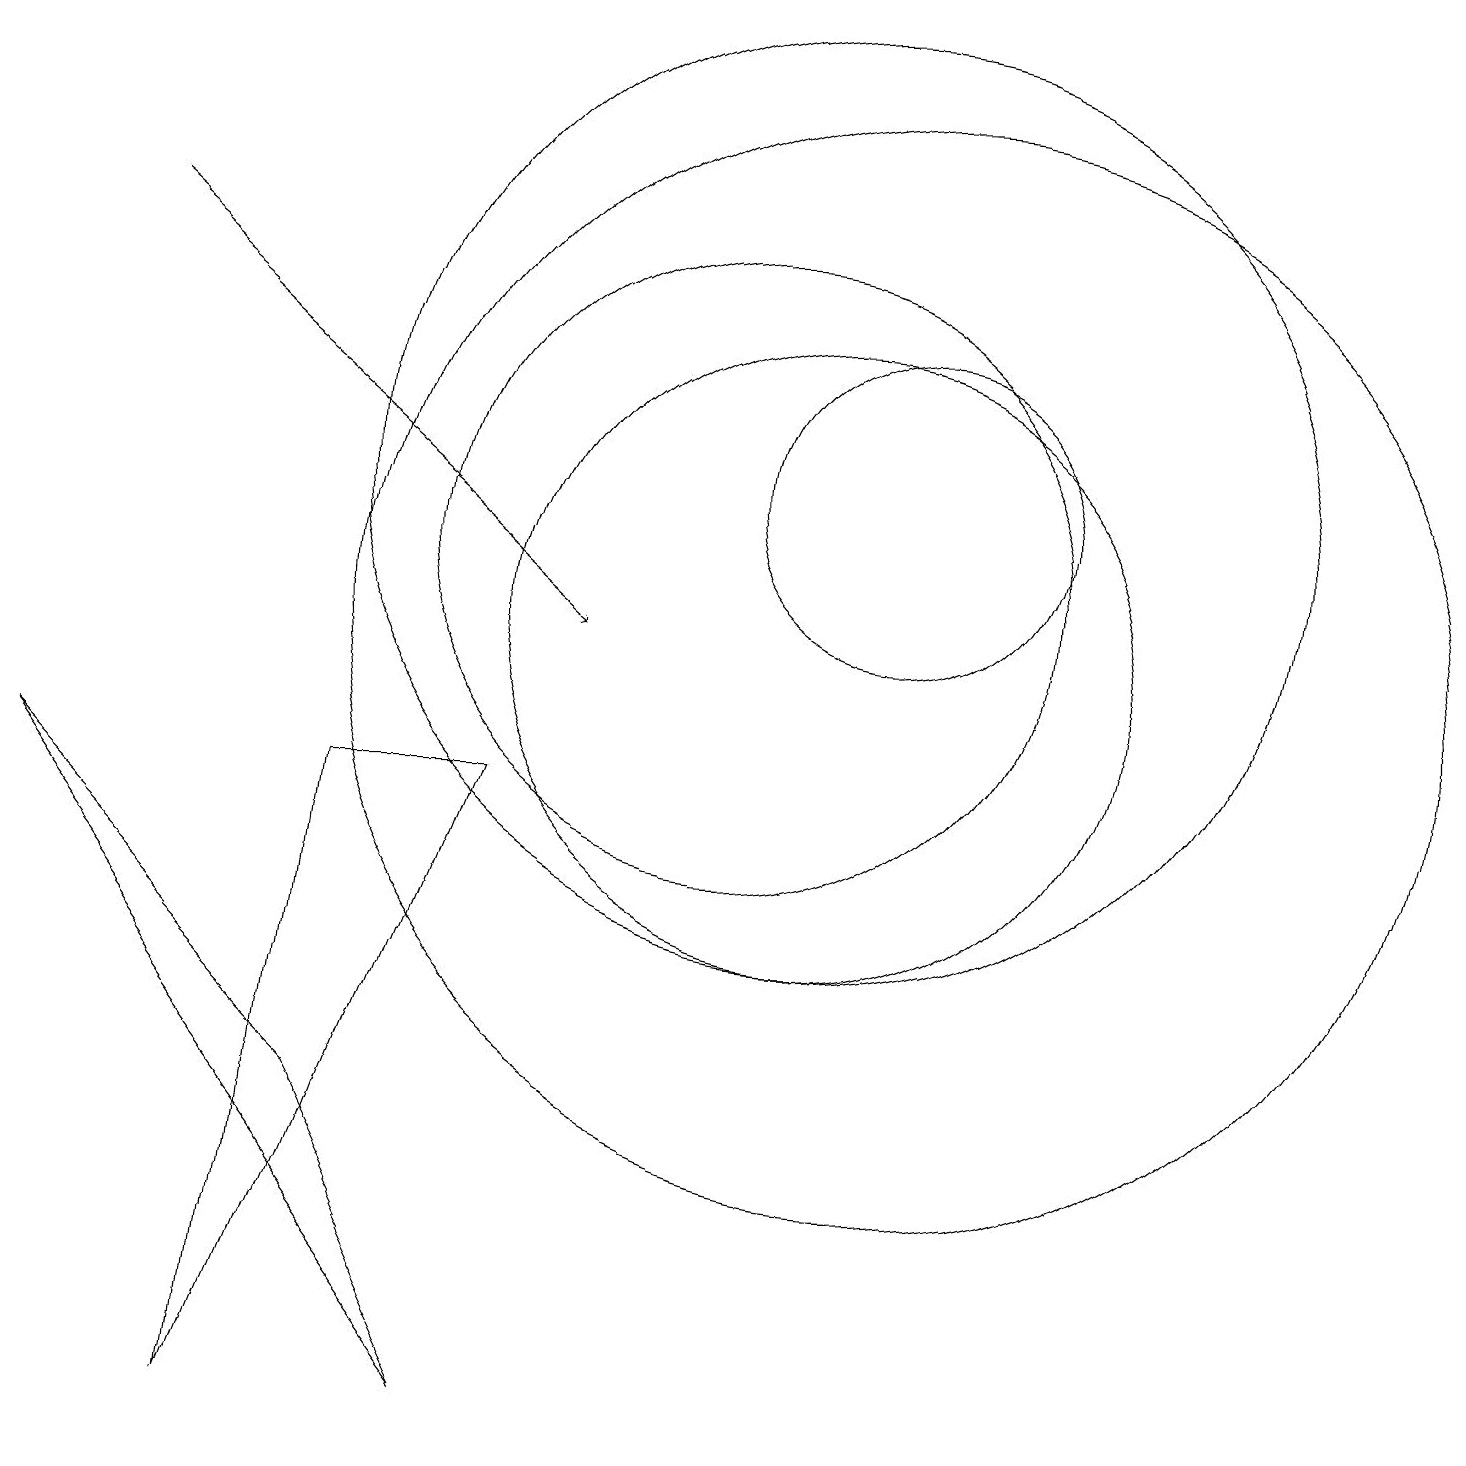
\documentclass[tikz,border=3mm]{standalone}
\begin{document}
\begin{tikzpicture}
\draw (11,12) circle (6);
\draw (11,10) circle (4);
\draw[->] (2,15) -- (8,10);
\draw (10,11) circle (4);
\draw (7,8) -- (5,8) -- (4,0) -- cycle;
\draw (12,10) circle (7);
\draw (5,4) -- (1,8) -- (7,0) -- cycle;
\draw (12,12) circle (2);
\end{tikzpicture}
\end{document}